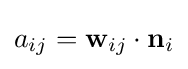
a_{ij}=\mathbf {w} _{ij}\cdot \mathbf {n} _{i}